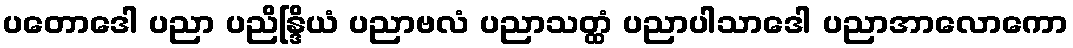
ပတောဒေါ ပညာ ပညိန္ဒြိယံ ပညာဗလံ ပညာသတ္ထံ ပညာပါသာဒေါ ပညာအာလောကော